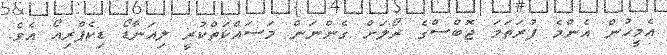
އެމީހުން އެންމެ ފުރަތަމަ ޖޮބްސްގެ ރޯލަށް ގެންނަން މަސައްކަތްކުރީ ލިއަނާޑޯ ޑިކެޕްރިއޯ އެވެ.